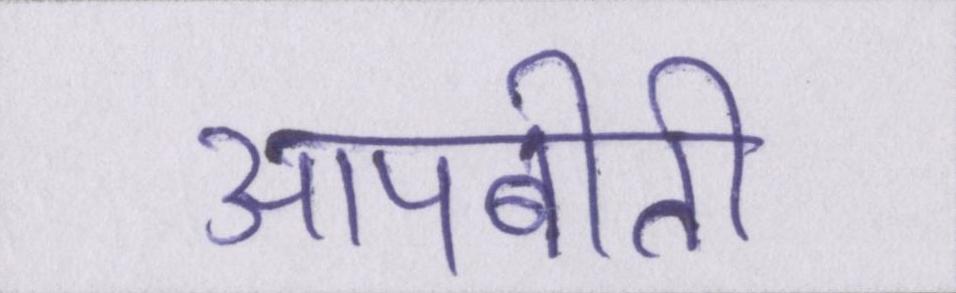
आपबीती